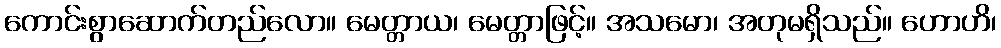
ကောင်းစွာဆောက်တည်လော။ မေတ္တာယ၊ မေတ္တာဖြင့်။ အသမော၊ အတုမရှိသည်။ ဟောဟိ၊